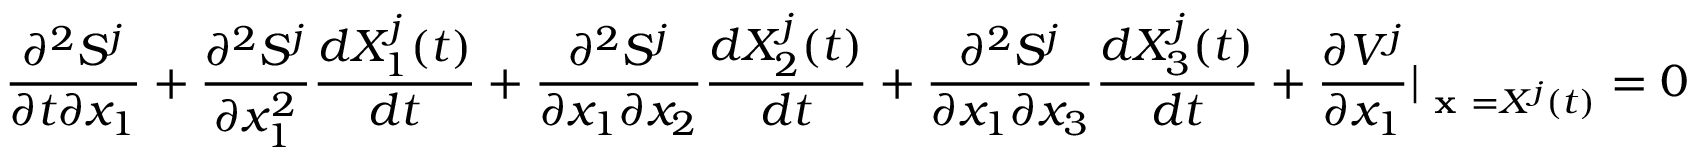
\frac { \partial ^ { 2 } S ^ { j } } { \partial t \partial x _ { 1 } } + \frac { \partial ^ { 2 } S ^ { j } } { \partial x _ { 1 } ^ { 2 } } \frac { d X _ { 1 } ^ { j } ( t ) } { d t } + \frac { \partial ^ { 2 } S ^ { j } } { \partial x _ { 1 } \partial x _ { 2 } } \frac { d X _ { 2 } ^ { j } ( t ) } { d t } + \frac { \partial ^ { 2 } S ^ { j } } { \partial x _ { 1 } \partial x _ { 3 } } \frac { d X _ { 3 } ^ { j } ( t ) } { d t } + \frac { \partial V ^ { j } } { \partial x _ { 1 } } \vert _ { \textbf { x } = X ^ { j } ( t ) } = 0